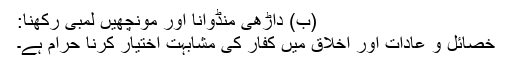
(ب) داڑھی منڈوانا اور مونچھیں لمبی رکھنا:
خصائل و عادات اور اخلاق میں کفار کی مشابہت اختیار کرنا حرام ہے۔